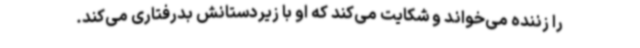
را زننده می‌خواند و شکایت می‌کند که او با زیردستانش بدرفتاری می‌کند.